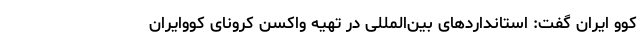
کوو ایران گفت: استانداردهای بین‌المللی در تهیه واکسن کرونای کووایران